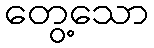
တွေ့သော